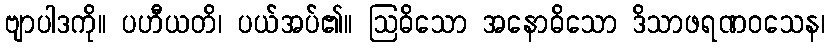
ဗျာပါဒကို။ ပဟီယတိ၊ ပယ်အပ်၏။ ဩဓိသော အနောဓိသော ဒိသာဖရဏဝသေန၊